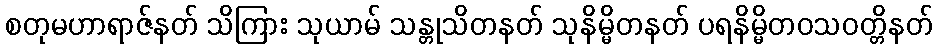
စတုမဟာရာဇ်နတ် သိကြား သုယာမ် သန္တုသိတနတ် သုနိမ္မိတနတ် ပရနိမ္မိတဝသဝတ္တိနတ်